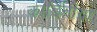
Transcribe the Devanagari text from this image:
कार्डिनीया